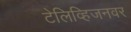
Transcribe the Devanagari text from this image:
टेलिव्हिजनवर